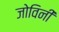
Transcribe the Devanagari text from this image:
जोविनी